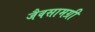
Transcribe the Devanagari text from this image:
जैवसामग्री